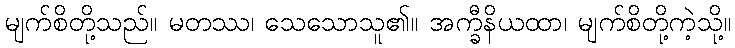
မျက်စိတို့သည်။ မတဿ၊ သေသောသူ၏။ အက္ခီနိယထာ၊ မျက်စိတို့ကဲ့သို့။